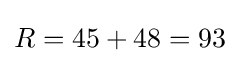
R=45+48=93